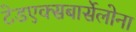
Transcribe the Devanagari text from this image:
टेडएक्सबार्सेलोना